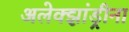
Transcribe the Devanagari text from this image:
अलेक्झांड्रीना